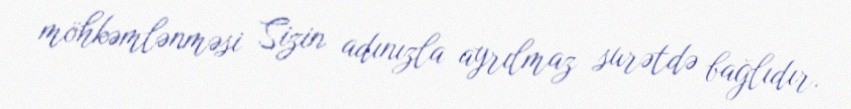
möhkəmlənməsi Sizin adınızla ayrılmaz surətdə bağlıdır.